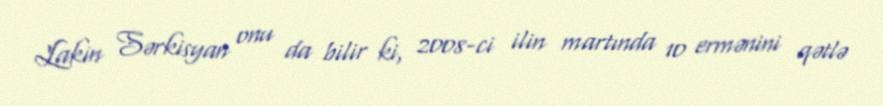
Lakin Sərkisyan onu da bilir ki, 2008-ci ilin martında 10 ermənini qətlə